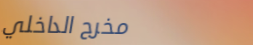
مخرج الداخلي